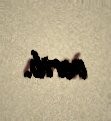
verib.